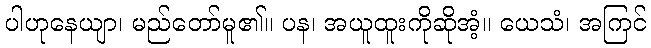
ပါဟုနေယျာ၊ မည်တော်မူ၏။ ပန၊ အယူထူးကိုဆိုအံ့။ ယေသံ၊ အကြင်